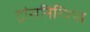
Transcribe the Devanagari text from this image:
ट्रांसनिस्त्रिया